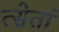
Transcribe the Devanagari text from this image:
त्सेतां